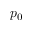
p _ { 0 }